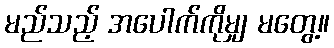
မည်သည့် အပေါက်ကိုမျှ မတွေ့။